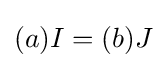
(a)I=(b)J